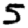
Digit: 5